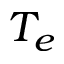
T _ { e }